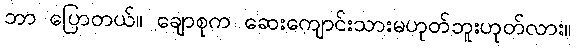
ဘာ ပြောတယ်။ ချောစုက ဆေးကျောင်းသားမဟုတ်ဘူးဟုတ်လား။